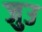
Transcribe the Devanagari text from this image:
जुउ